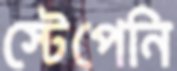
স্টেপেনি